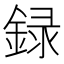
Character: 録